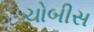
ચોબીસ